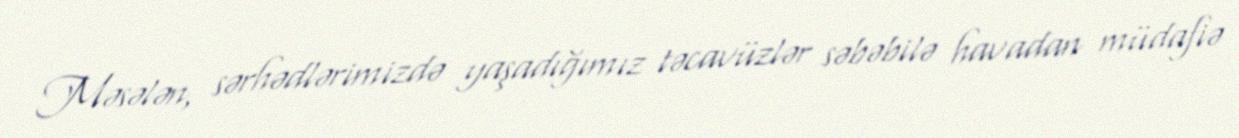
Məsələn, sərhədlərimizdə yaşadığımız təcavüzlər səbəbilə havadan müdafiə